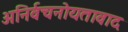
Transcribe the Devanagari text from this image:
अनिर्वचनोयतावाद